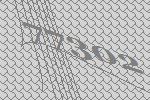
77302